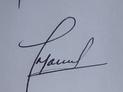
Signature authenticity: genuine